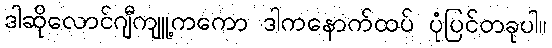
ဒါဆိုလောင်ဂျီကျူ့ကကော ဒါကနောက်ထပ် ပုံပြင်တခုပါ။